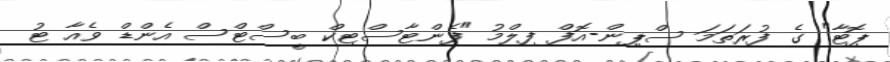
ޕޮޓާ" ގެ ފުރަތަމަ ސްޕިން-އޮފް ފިލްމު "ފެންޓާސްޓިކް ބީސްޓްސް އެންޑް ވެއާ ޓު